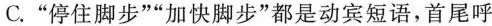
C. ”停住脚步””加快脚步”都是动宾短语，首尾呼